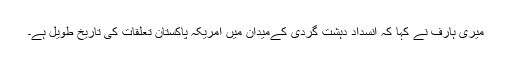
میری ہارف نے کہا کہ انسداد دہشت گردی کےمیدان میں امریکہ پاکستان تعلقات کی تاریخ طویل ہے۔